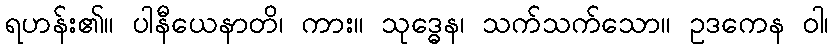
ရဟန်း၏။ ပါနီယေနာတိ၊ ကား။ သုဒ္ဓေန၊ သက်သက်သော။ ဥဒကေန ဝါ၊